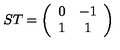
S T = \left( \begin{array} { c c } { 0 } & { - 1 } \\ { 1 } & { 1 } \\ \end{array} \right)